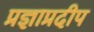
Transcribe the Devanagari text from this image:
प्रज्ञाप्रदीप